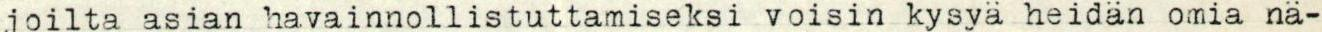
joilta asian havainnollistuttamiseksi voisin kysya heidän omia nä-